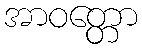
အာဝတ္တော